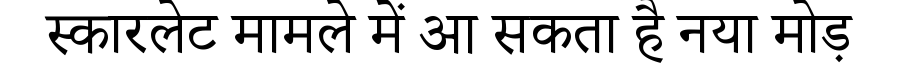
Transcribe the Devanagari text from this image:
स्कारलेट मामले में आ सकता है नया मोड़